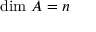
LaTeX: { \mathrm { d i m ~ } } A = n